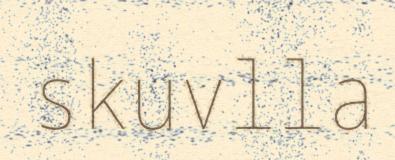
skuvlla